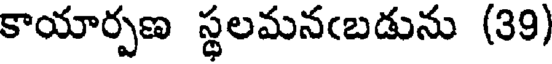
కాయార్పణ స్థలమనఁబడును (39)